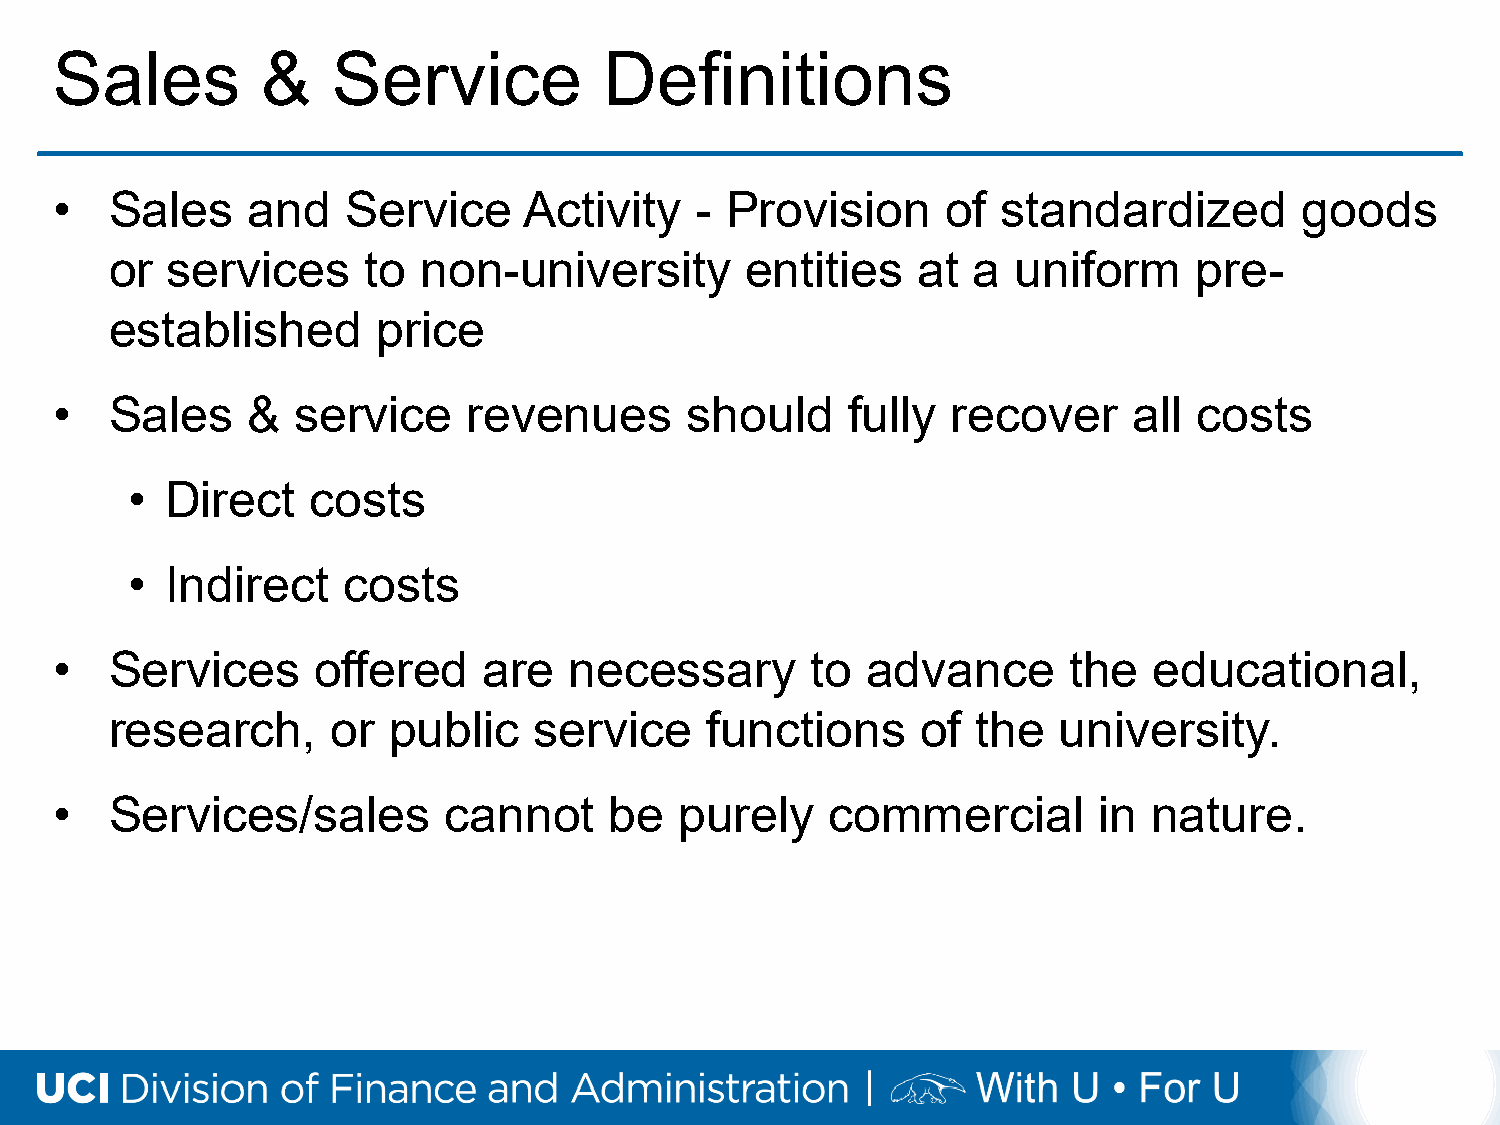
Sales         &    Service           Definitions
 •   Sales    and    Service     Activity   - Provision      of standardized        goods
 or  services     to  non-university       entities    at a  uniform     pre-
 established       price
 •   Sales    &   service    revenues      should     fully  recover     all costs
 •  Direct   costs
 •  Indirect    costs
 •   Services      offered    are   necessary       to advance       the  educational,
 research,      or  public   service     functions     of  the  university.
 •   Services/sales        cannot     be   purely    commercial        in nature.